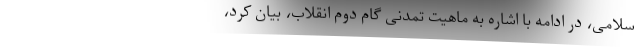
سلامی، در ادامه با اشاره به ماهیت تمدنی گام دوم انقلاب، بیان کرد،